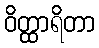
ဝိတ္ထာရိတာ